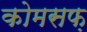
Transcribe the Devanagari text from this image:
कोमसफ़